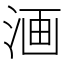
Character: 𣶩